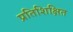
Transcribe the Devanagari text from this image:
प्रतिशिक्षित